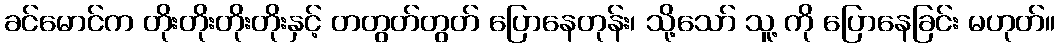
ခင်မောင်က တိုးတိုးတိုးတိုးနှင့် တတွတ်တွတ် ပြောနေတုန်း၊ သို့သော် သူ့ ကို ပြောနေခြင်း မဟုတ်။